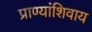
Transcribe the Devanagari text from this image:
प्राण्यांशिवाय